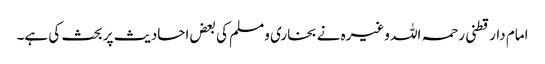
امام دارقطنی رحمہ اللہ وغیرہ نے بخاری ومسلم کی بعض احادیث پر بحث کی ہے۔